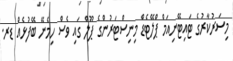
މިސަރުކާރުގެ ޓައިޓޭނިއަމް ޕްލޭޓެޑް މިނިސްޓަރުންގެ ޕޫލް ގައި ވެސް ހިމެނޭ ބޭފުޅެއް ޑރ.